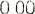
0.00